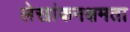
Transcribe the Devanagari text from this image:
लेखांकनक्षमता